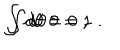
LaTeX: \int d \theta = 0 \; , \hspace { 1 c m } \int d \theta \, \theta = 1 \; .